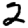
Digit: 2